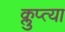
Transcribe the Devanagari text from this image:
क्लुप्त्या